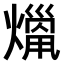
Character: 𤎞